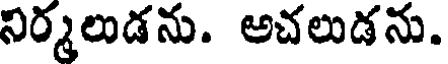
నిర్మలుడను. అచలుడను.